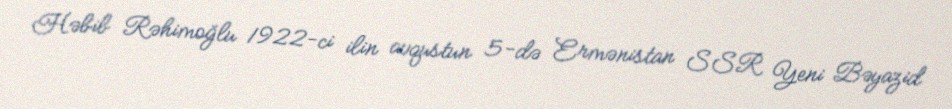
Həbib Rəhimoğlu 1922-ci ilin avqustun 5-də Ermənistan SSR Yeni Bəyazid